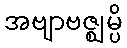
အဗျာဗဇ္ဈမ္ပိ